Plague in India, 1896, 1897 - Volume 2
Year: 1896
Disease focus: Plague
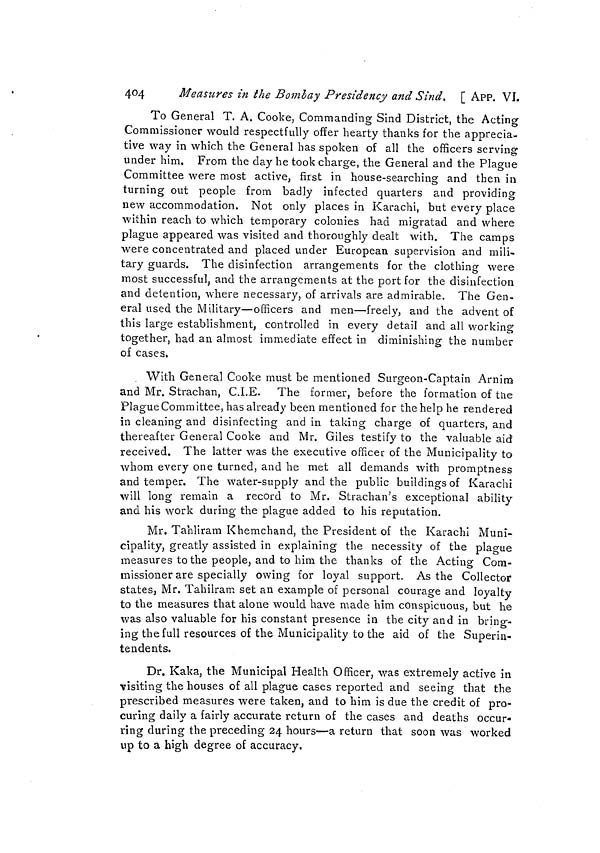
404
Measures in the Bombay Presidency and Sind. [ APP. VI.
To General T. A. Cooke, Commanding Sind District, the Acting
Commissioner would respectfully offer hearty thanks for the apprecia-
tive way in which the General has spoken of all the officers serving
under him. From the day he took charge, the General and the Plague
Committee were most active, first in house-searching and then in
turning out people from badly infected quarters and providing
new accommodation. Not only places in Karachi, but every place
within reach to which temporary colonies had migratad and where
plague appeared was visited and thoroughly dealt with. The camps
were concentrated and placed under European supervision and mili-
tary guards. The disinfection arrangements for the clothing were
most successful, and the arrangements at the port for the disinfection
and detention, where necessary, of arrivals are admirable. The Gen-
eral used the Military—officers and men—freely, and the advent of
this large establishment, controlled in every detail and all working
together, had an almost immediate effect in diminishing the number
of cases.
With General Cooke must be mentioned Surgeon-Captain Arnim
and Mr. Strachan, C.I.E. The former, before the formation of tue
Plague Committee, has already been mentioned for the help he rendered
in cleaning and disinfecting and in taking charge of quarters, and
thereafter General Cooke and Mr. Giles testify to the valuable aid
received. The latter was the executive officer of the Municipality to
whom every one turned, and he met all demands with promptness
and temper. The water-supply and the public buildings of Karachi
will long remain a record to Mr. Strachan's exceptional ability
and his work during the plague added to his reputation.
Mr. Tahliram Khemchand, the President of the Karachi Muni-
cipality, greatly assisted in explaining the necessity of the plague
measures to the people, and to him the thanks of the Acting Com-
missioner are specially owing for loyal support. As the Collector
states, Mr. Tahilram set an example of personal courage and loyalty
to the measures that alone would have made him conspicuous, but he
was also valuable for his constant presence in the city and in bring-
ing the full resources of the Municipality to the aid of the Superin-
tendents.
Dr. Kaka, the Municipal Health Officer, was extremely active in
visiting the houses of all plague cases reported and seeing that the
prescribed measures were taken, and to him is due the credit of pro-
curing daily a fairly accurate return of the cases and deaths occur-
ring during the preceding 24 hours—a return that soon was worked
up to a high degree of accuracy.